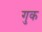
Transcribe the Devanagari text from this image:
गुक